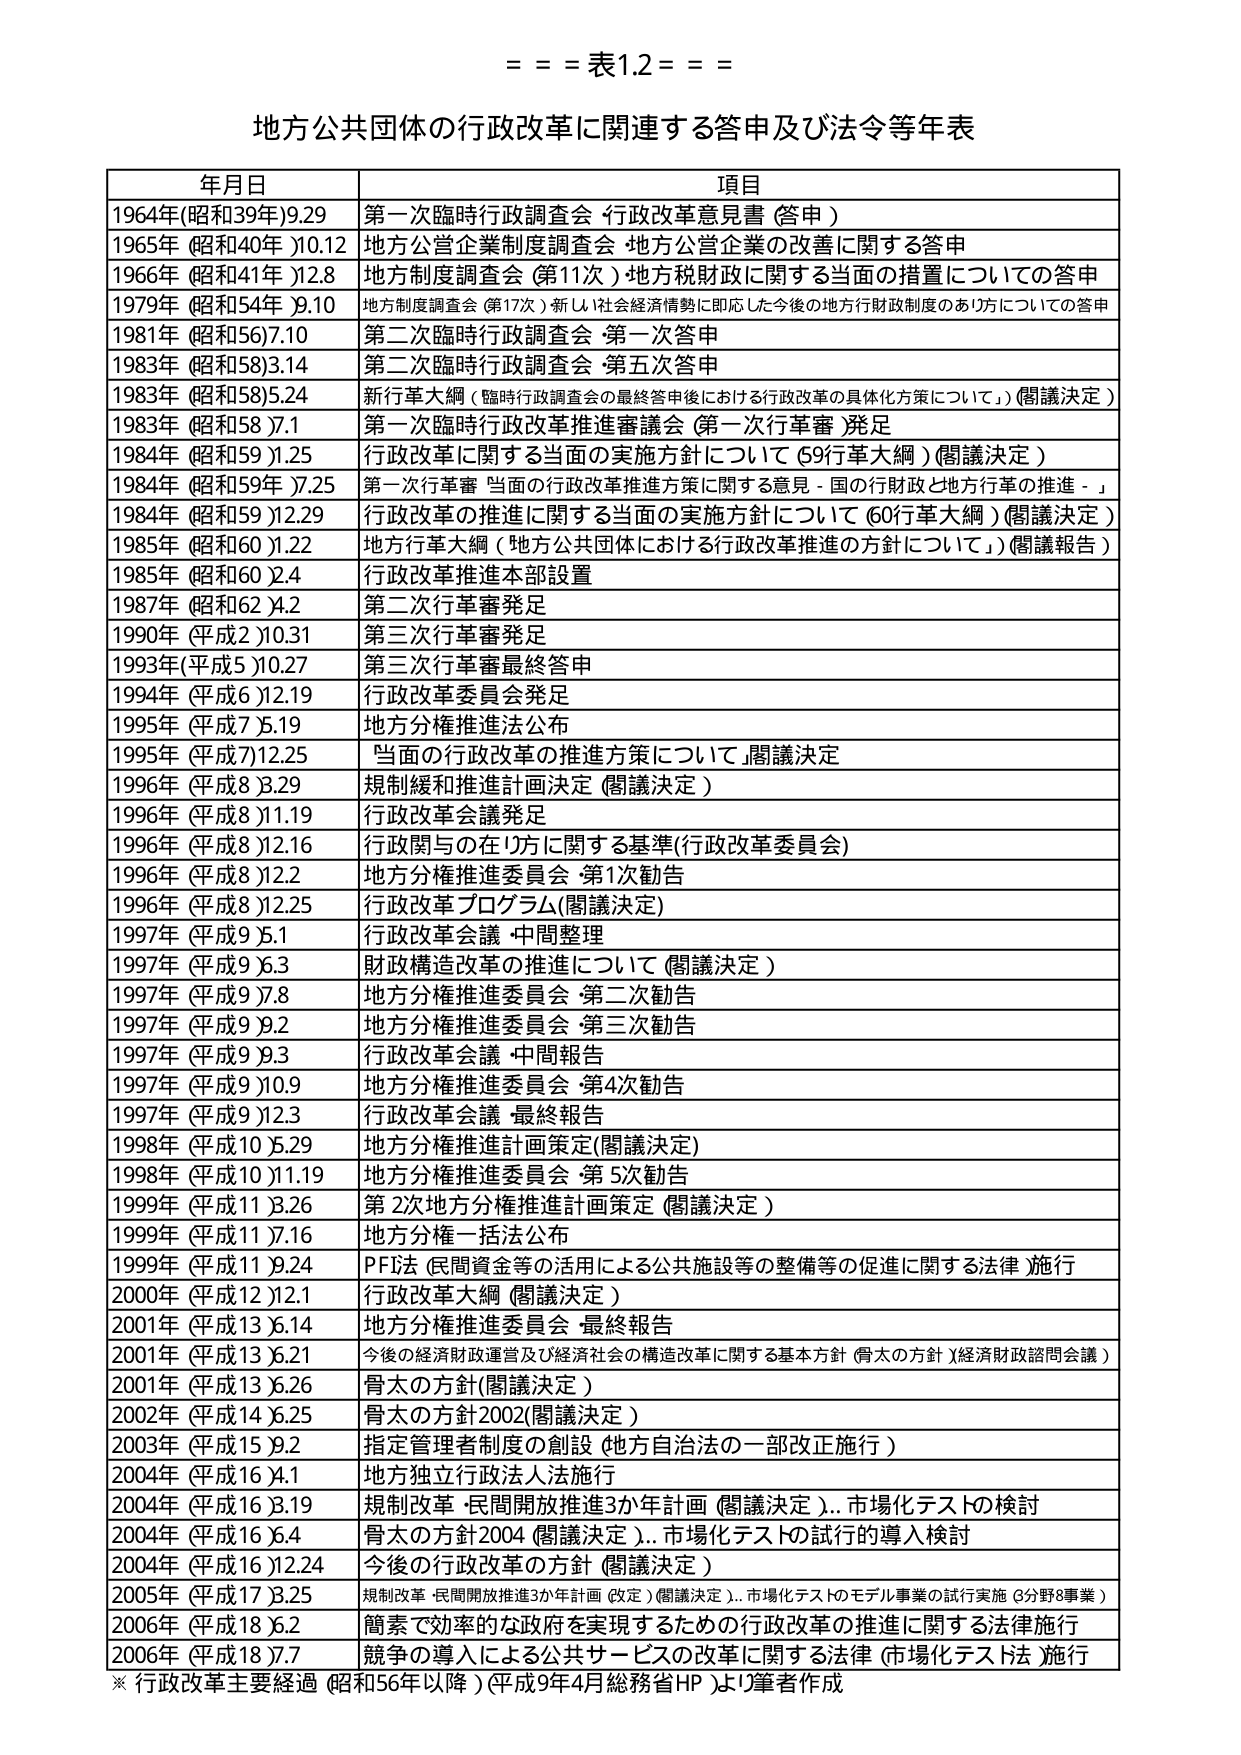
= = = 表1.2 = = =

地方公共団体の行政改革に関連する答申及び法令等年表

年月日 項目
1964年(昭和39年)9.29 第一次臨時行政調査会 行政改革意見書 (答申)
1965年(昭和40年)10.12 地方公営企業制度調査会 地方公営企業の改善に関する答申
1966年(昭和41年)12.8 地方制度調査会 (第11次) 地方税財政に関する当面の措置についての答申
1979年(昭和54年)9.10 地方制度調査会 (第17次) 新しい社会経済情勢に即応した今後の地方行財政制度のあり方についての答申
1981年(昭和56)7.10 第二次臨時行政調査会 第一次答申
1983年(昭和58)3.14 第二次臨時行政調査会 第五次答申
1983年(昭和58)5.24 新行革大綱 (臨時行政調査会の最終答申後における行政改革の具体化方策について) (閣議決定)
1983年(昭和58)7.1 第一次臨時行政改革推進審議会 (第一次行革審)発足
1984年(昭和59)1.25 行政改革に関する当面の実施方針について (59行革大綱) (閣議決定)
1984年(昭和59)7.25 第一次行革審 当面の行政改革推進方策に関する意見 - 国の行財政と地方行革の推進 -
1984年(昭和59)12.29 行政改革の推進に関する当面の実施方針について (60行革大綱) (閣議決定)
1985年(昭和60)1.22 地方行革大綱 (地方公共団体における行政改革推進の方針について) (閣議報告)
1985年(昭和60)2.4 行政改革推進本部設置
1987年(昭和62)4.2 第二次行革審発足
1990年(平成2)10.31 第三次行革審発足
1993年(平成5)10.27 第三次行革審最終答申
1994年(平成6)12.19 行政改革委員会発足
1995年(平成7)5.19 地方分権推進法公布
1995年(平成7)12.25 「当面の行政改革の推進方策について」閣議決定
1996年(平成8)3.29 規制緩和推進計画決定 (閣議決定)
1996年(平成8)11.19 行政改革会議発足
1996年(平成8)12.16 行政関与の在り方に関する基準(行政改革委員会)
1996年(平成8)12.2 地方分権推進委員会 第1次勧告
1996年(平成8)12.25 行政改革プログラム(閣議決定)
1997年(平成9)5.1 行政改革会議 中間整理
1997年(平成9)6.3 財政構造改革の推進について (閣議決定)
1997年(平成9)7.8 地方分権推進委員会 第二次勧告
1997年(平成9)9.2 地方分権推進委員会 第三次勧告
1997年(平成9)9.3 行政改革会議 中間報告
1997年(平成9)10.9 地方分権推進委員会 第4次勧告
1997年(平成9)12.3 行政改革会議 最終報告
1998年(平成10)5.29 地方分権推進計画策定(閣議決定)
1998年(平成10)11.19 地方分権推進委員会 第5次勧告
1999年(平成11)3.26 第2次地方分権推進計画策定 (閣議決定)
1999年(平成11)7.16 地方分権一括法公布
1999年(平成11)9.24 PFI法 (民間資金等の活用による公共施設等の整備等の促進に関する法律) 施行
2000年(平成12)12.1 行政改革大綱 (閣議決定)
2001年(平成13)6.14 地方分権推進委員会 最終報告
2001年(平成13)6.21 今後の経済財政運営及び経済社会の構造改革に関する基本方針 (骨太の方針) (経済財政諮問会議)
2001年(平成13)6.26 骨太の方針(閣議決定)
2002年(平成14)6.25 骨太の方針2002(閣議決定)
2003年(平成15)9.2 指定管理者制度の創設 (地方自治法の一部改正施行)
2004年(平成16)4.1 地方独立行政法人法施行
2004年(平成16)3.19 規制改革・民間開放推進3か年計画 (閣議決定)…市場化テストの検討
2004年(平成16)6.4 骨太の方針2004 (閣議決定)…市場化テストの試行の導入検討
2004年(平成16)12.24 今後の行政改革の方針 (閣議決定)
2005年(平成17)3.25 規制改革・民間開放推進3か年計画 (改定) (閣議決定)…市場化テストのモデル事業の試行実施 (3分野8事業)
2006年(平成18)6.2 簡素で効率的な政府を実現するための行政改革の推進に関する法律施行
2006年(平成18)7.7 競争の導入による公共サービスの改革に関する法律 (市場化テスト法) 施行

※ 行政改革主要経過 (昭和56年以降) (平成9年4月総務省HP)より筆者作成